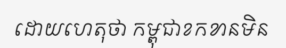
ដោយហេតុថា កម្ពុជាខកខានមិន